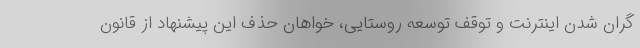
گران شدن اینترنت و توقف توسعه روستایی، خواهان حذف این پیشنهاد از قانون